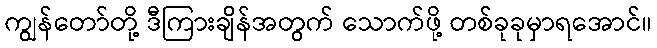
ကျွန်တော်တို့ ဒီကြားချိန်အတွက် သောက်ဖို့ တစ်ခုခုမှာရအောင်။